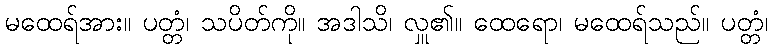
မထေရ်အား။ ပတ္တံ၊ သပိတ်ကို။ အဒါသိ၊ လှူ၏။ ထေရော၊ မထေရ်သည်။ ပတ္တံ၊